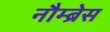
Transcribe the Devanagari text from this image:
नौम्ब्रेस